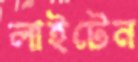
লাইটেন